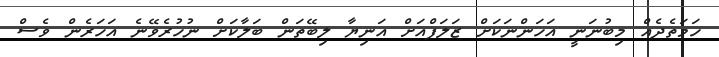
ހަމަތެދެއް މިބުނަނީ އަހަންނަކަށް ޒަލަފްއަށް އަނިޔާ ލިބޭތަން ބަލާކަށް ނުހުރެވޭނެ އަހަރެން ވެސް